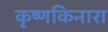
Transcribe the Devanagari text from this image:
कृष्णकिनारा